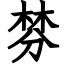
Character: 棼